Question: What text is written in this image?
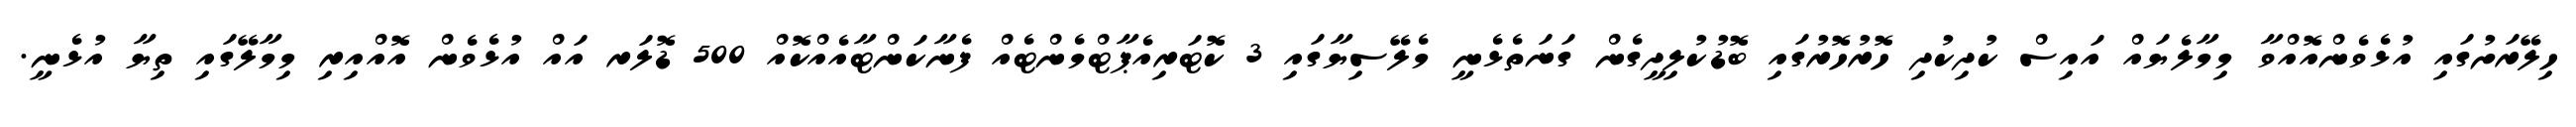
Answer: ހިލޭރަށުގައި އުޅެވެންއޮއްވާ މިމާލެޔައް އައިސް ކުދިކުދި ހޮރުހޮރުގައި ބޮޑުކުލިދީގެން ގަނަތެޅެނީ މެލޭސިޔާގައި 3 ކޮޓަރިއެޕާޓްމެންޓެއް ފެނާކަންޓާއެއްކޮއް 500 ޑޮލަރ އައް އުޅެވެން އޮއްއިރި މިމާލޭގައި ތިޔާ އުޅެނީ.